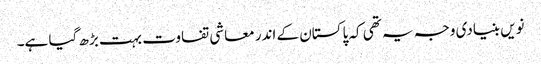
نویں بنیادی وجہ یہ تھی کہ پاکستان کے اندر معاشی تفاوت بہت بڑھ گیا ہے۔